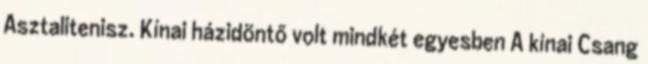
Asztalitenisz. Kínai házidöntő volt mindkét egyesben A kínai Csang